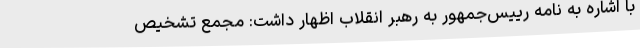
با اشاره به نامه رییس‌جمهور به رهبر انقلاب اظهار داشت: مجمع تشخیص